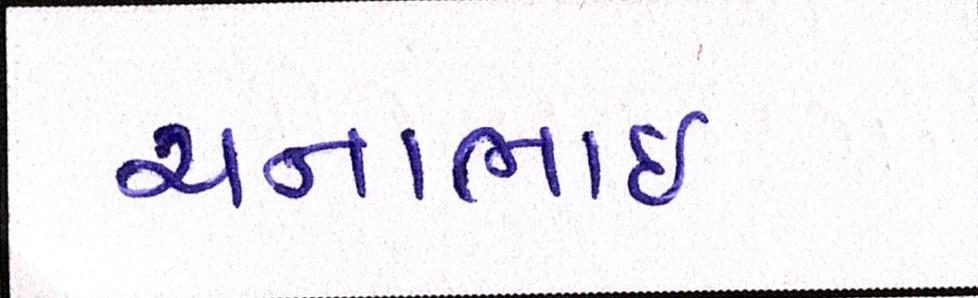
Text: ચનાભાઇ